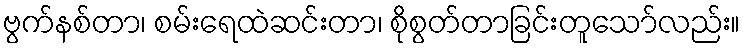
ဗွက်နစ်တာ၊ စမ်းရေထဲဆင်းတာ၊ စိုစွတ်တာခြင်းတူသော်လည်း။